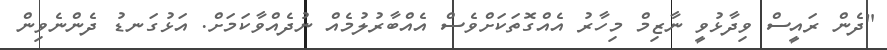
"ދެން ރައީސް ވިދާޅުވީ ނާޒިމް މިހާރު އެއްގޮތަކަށްވެސް އެއްބާރުލުމެއް ނުދެއްވާކަމަށް. އަޅުގަނޑު ދެންނެވިން